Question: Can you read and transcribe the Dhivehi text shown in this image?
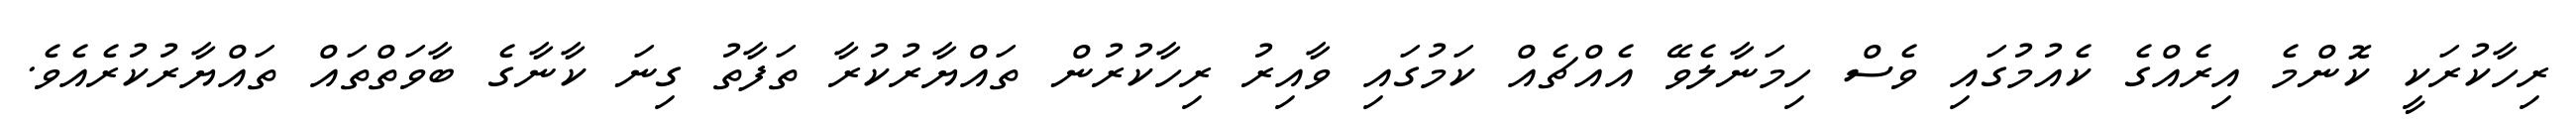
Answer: ރިހާކުރަކީ ކޮންމެ އިރެއްގެ ކެއުމުގައި ވެސް ހިމަނާލެވޭ އެއްޗެއް ކަމުގައި ވާއިރު ރިހާކުރުން ތައްޔާރުކުރާ ތަފާތު ގިނަ ކާނާގެ ބާވަތްތައް ތައްޔާރުކުރެއެވެ.